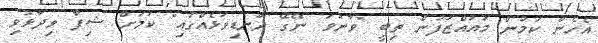
އެހެން ކަމުން މުއައްޒަފުން ތިބީ "ވާނުވަ ނޭގޭ ދަނޑިވަޅެއްގައި" ކަމަށް ޝިފާ ވިދާޅުވި